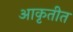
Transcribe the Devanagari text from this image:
आकृतीत